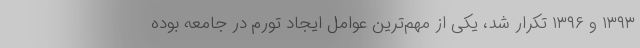
۱۳۹۳ و ۱۳۹۶ تکرار شد، یکی از مهم‌ترین عوامل ایجاد تورم در جامعه بوده